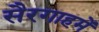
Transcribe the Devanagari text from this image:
सैरगाहमें